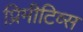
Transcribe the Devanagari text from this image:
प्रिमीटिव्स